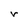
Character: r